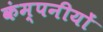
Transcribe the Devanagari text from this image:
कंम्पनीयों